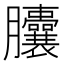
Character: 𦣘